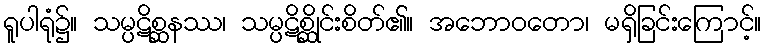
ရူပါရုံ၌။ သမ္ပဋိစ္ဆနဿ၊ သမ္ပဋိစ္ဆိုင်းစိတ်၏။ အဘောဝတော၊ မရှိခြင်းကြောင့်။